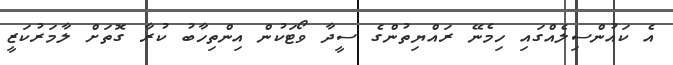
އެ ކައުންސިލެއްގައި ހިމެނޭ ރައްޔިތުންގެ ސީދާ ވޯޓަކުން އިންތިހާބު ކުރާ ގޮތަށް ލާމަރުކަޒީ